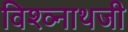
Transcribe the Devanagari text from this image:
विश्व्नाथजी